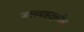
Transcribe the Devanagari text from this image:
जलवाहतुकीस